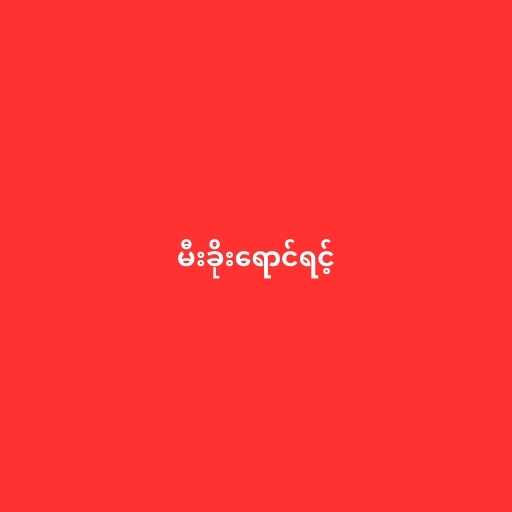
မီးခိုးရောင်ရင့်